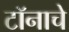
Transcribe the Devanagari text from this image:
टॉनाचे